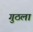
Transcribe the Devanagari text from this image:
गुठला